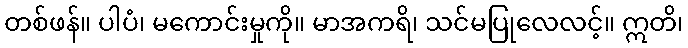
တစ်ဖန်။ ပါပံ၊ မကောင်းမှုကို။ မာအကရိ၊ သင်မပြုလေလင့်။ ဣတိ၊